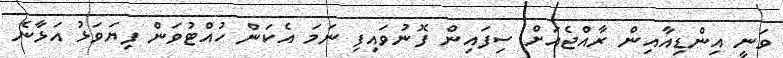
ވަނީ އިންޑިއާއިން ރާއްޖެއަށް ސިފައިން ފޮނުވައިފި ނަމަ އެކަން ހުއްޓުވަން ފިޔަވަޅު އަޅާނެ